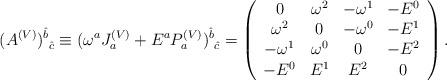
LaTeX: \begin{align*}(A^{(V)})^{\hat{b}}_{\mbox{ }\hat{c}} \equiv(\omega^{a}J^{(V)}_{a}+E^{a}P^{(V)}_{a})^{\hat{b}}_{\mbox{ }\hat{c}} = \left( \begin{array}{cccc} 0 & \omega^{2} & -\omega^{1} & -E^{0} \\ \omega^{2} & 0 & -\omega^{0} & -E^{1} \\ -\omega^{1} & \omega^{0} & 0 & -E^{2} \\ -E^{0} & E^{1} & E^{2} & 0 \end{array} \right).\end{align*}